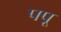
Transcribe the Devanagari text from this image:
पपू